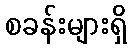
စခန်းများရှိ